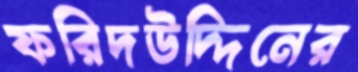
ফরিদউদ্দিনের